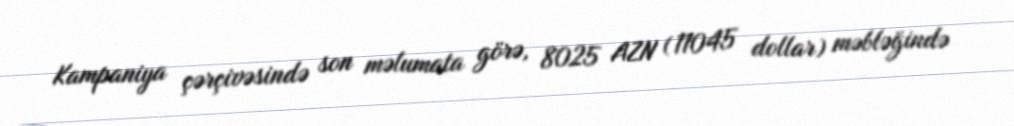
Kampaniya çərçivəsində son məlumata görə, 8025 AZN (11045 dollar) məbləğində